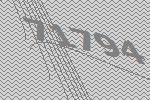
71794